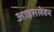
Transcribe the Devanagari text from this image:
आइसलेवन